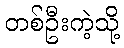
တစ်ဦးကဲ့သို့